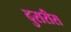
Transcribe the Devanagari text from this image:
दुसरीस